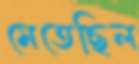
মেতেছিল